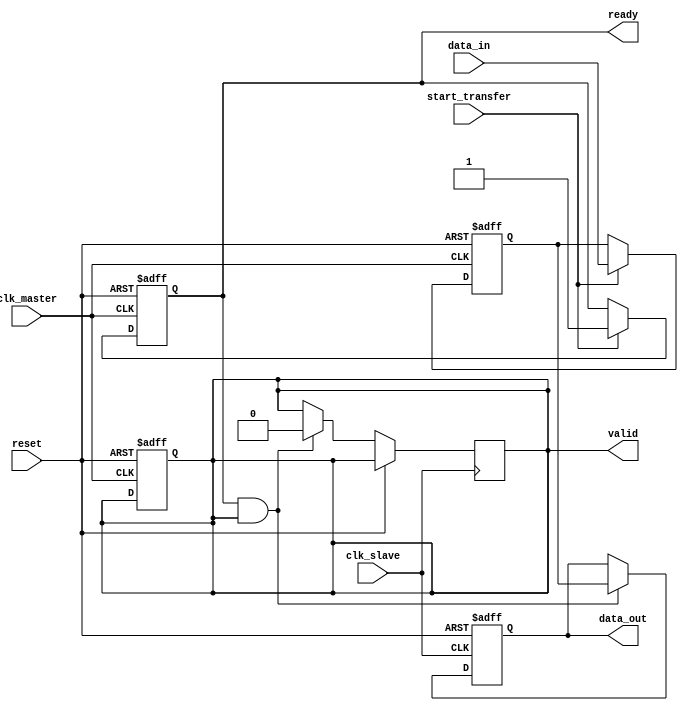
module axi_controller (
    input wire clk_master, // Input clock signal from master device
    input wire clk_slave, // Input clock signal from slave device
    input wire reset, // Reset signal
    input wire start_transfer, // Start transfer signal
    input wire [31:0] data_in, // Input data from master device
    output reg [31:0] data_out, // Output data to slave device
    output reg ready, // Ready signal to indicate when master is ready
    output reg valid // Valid signal to indicate when slave is ready
);

    reg [31:0] data_reg;

    always @(posedge clk_master or posedge reset) begin
        if (reset) begin
            data_reg <= 32'h0; // Reset data register
            ready <= 1'b0; // Set ready signal low
            valid <= 1'b0; // Set valid signal low
        end else begin
            if (start_transfer) begin
                data_reg <= data_in; // Store input data
                ready <= 1'b1; // Set ready signal high
            end
        end
    end

    always @(posedge clk_slave or posedge reset) begin
        if (reset) begin
            data_out <= 32'h0; // Reset output data
        end else begin
            if (ready && valid) begin
                data_out <= data_reg; // Transfer data to slave device
                valid <= 1'b0; // Reset valid signal
            end
        end
    end

endmodule